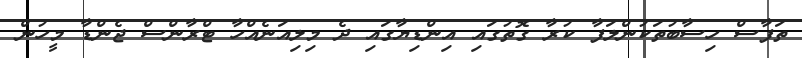
ތަފާސް ހިސާބުތަކުންލަފާ ކުރާ ގޮތުގައި އިންޑިޔާގައި ދެ މިލިއަނެއްހާ ޓްރާންސް ޖެންޑާ މީހުން